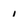
Character: 1